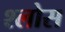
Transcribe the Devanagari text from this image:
श्लोस